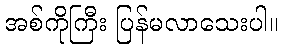
အစ်ကိုကြီး ပြန်မလာသေးပါ။